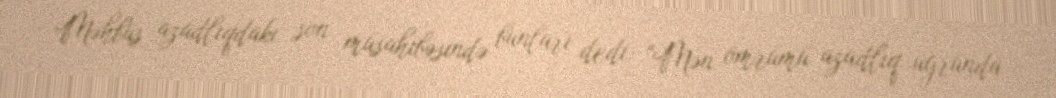
Məhbus azadlıqdakı son müsahibəsində bunları dedi: “Mən ömrümü azadlıq uğrunda